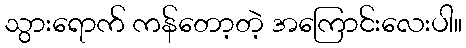
သွားရောက် ကန်တော့တဲ့ အကြောင်းလေးပါ။